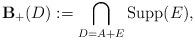
LaTeX: \begin{align*}\mathbf{B}_{+}(D):=\bigcap_{D=A+E}\mathrm{Supp}(E),\end{align*}